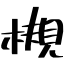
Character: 槻